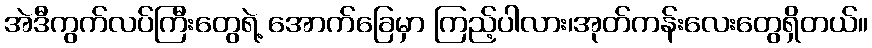
အဲဒီကွက်လပ်ကြီးတွေရဲ့ အောက်ခြေမှာ ကြည့်ပါလား၊အုတ်ကန်းလေးတွေရှိတယ်။